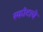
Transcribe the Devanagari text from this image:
स्फोटाचे